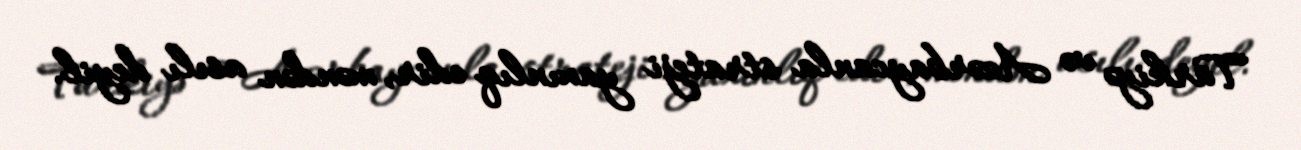
Türkiyə və Azərbaycanla strateji yaxınlıq edir, məndən asılı deyil.